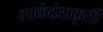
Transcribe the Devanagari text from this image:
शार्कदंताकृती